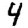
Digit: 4